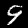
Digit: 9